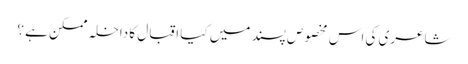
شاعری کی اس مخصوص پسند میں کیا اقبال کا داخلہ ممکن ہے ؟